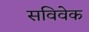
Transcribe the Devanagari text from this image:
सविवेक